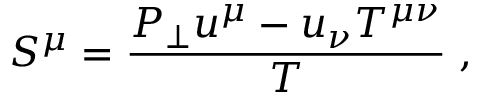
S ^ { \mu } = \frac { P _ { \perp } u ^ { \mu } - u _ { \nu } T ^ { \mu \nu } } { T } \; ,